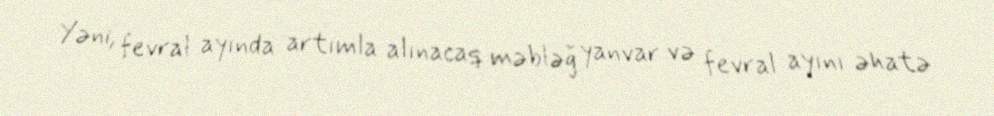
Yəni, fevral ayında artımla alınacaq məbləğ yanvar və fevral ayını əhatə